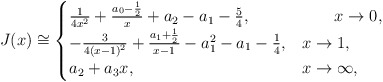
\begin{align*}\begin{aligned}J(x)\cong\begin{cases} \frac{1}{4x^2}+\frac{a_0-\frac{1}{2}}{x}+a_2-a_1-\frac{5}{4}, & \qquad x\rightarrow0,\\ -\frac{3}{4(x-1)^2}+\frac{a_1+\frac{1}{2}}{x-1}-a_1^2-a_1-\frac{1}{4}, & x\rightarrow1,\\ a_2+a_3 x,& x\rightarrow\infty,\end{cases}\end{aligned}\end{align*}